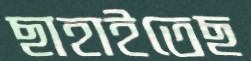
ছাহাইতেছ